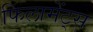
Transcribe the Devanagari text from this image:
फिलामेंट्स